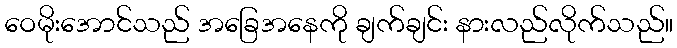
ဝေမိုးအောင်သည် အခြေအနေကို ချက်ချင်း နားလည်လိုက်သည်။